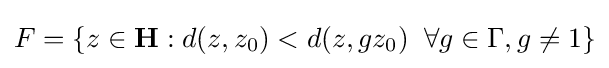
F=\{z\in \mathbf {H} :d(z,z_{0})<d(z,gz_{0})\;\;\forall g\in \Gamma ,g\neq 1\}